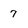
Character: 7